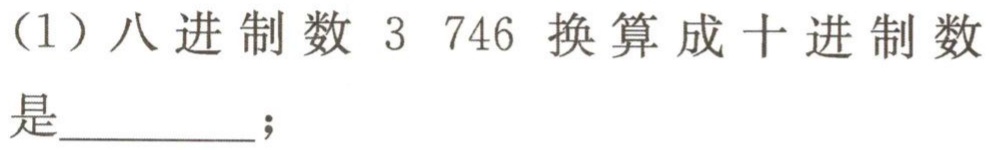
（1）八进制数 \(3746\) 换算成十进制数是________；